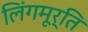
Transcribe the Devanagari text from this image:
लिंगमूर्ति